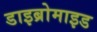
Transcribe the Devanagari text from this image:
डाइब्रोमाइड